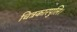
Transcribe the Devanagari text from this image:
चित्रकारपुलि।